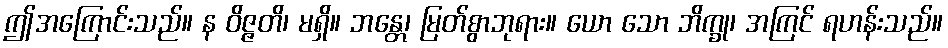
ဤအကြောင်းသည်။ န ဝိဇ္ဇတိ၊ မရှိ။ ဘန္တေ၊ မြတ်စွာဘုရား။ ယော သော ဘိက္ခု၊ အကြင် ရဟန်းသည်။